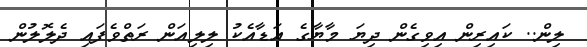
ލިން.. ކައިރިން އިވިގެން ދިޔަ މާޔާގެ އަޑާއެކު ލިލިއަން ރަތްވެފައި ދެލޮލުން